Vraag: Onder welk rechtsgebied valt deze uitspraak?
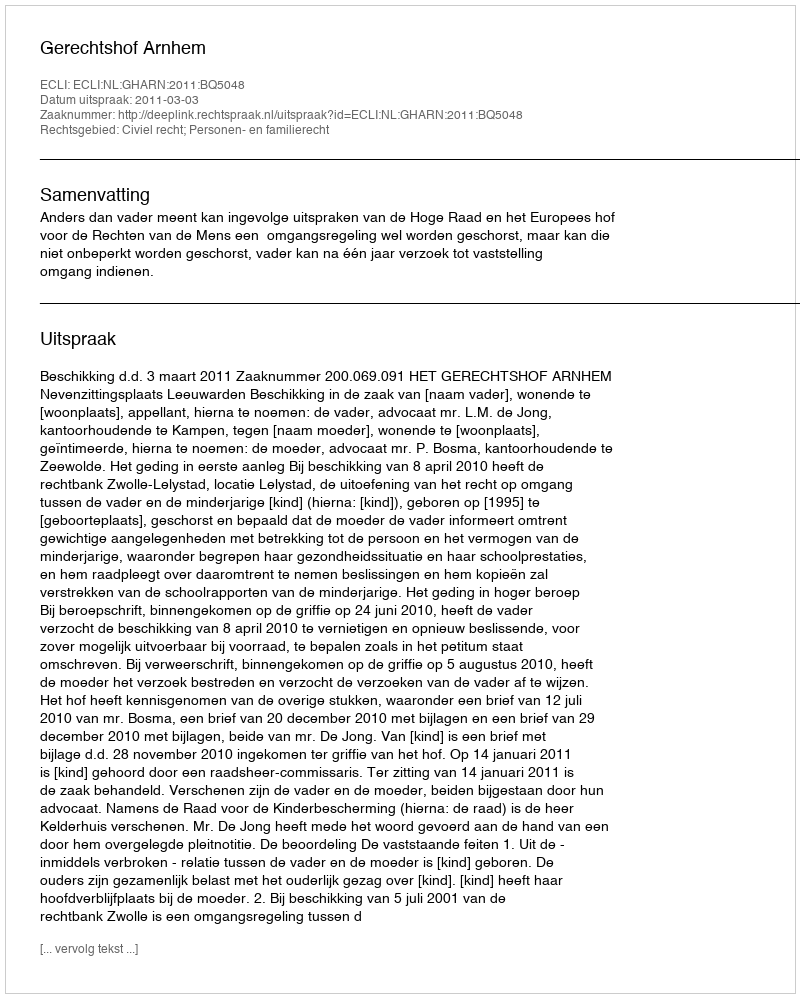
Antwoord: Civiel recht; Personen- en familierecht